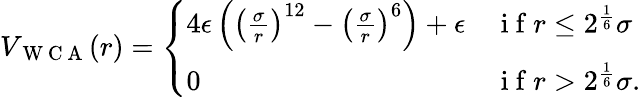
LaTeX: \begin{array}{r}{V_{\mathrm{~W~C~A~}}(r)=\left\{ \begin{array}{ll}{4\epsilon\left(\left(\frac{\sigma}{r}\right)^{12}-\left(\frac{\sigma}{r}\right)^{6}\right)+\epsilon}&{\mathrm{~i~f~}r\leq 2^{\frac{1}{6}}\sigma}\\ {0}&{\mathrm{~i~f~}r>2^{\frac{1}{6}}\sigma.}\end{array}\right.}\end{array}